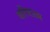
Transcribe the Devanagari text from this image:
वरिष्‍टतम